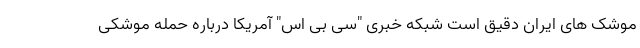
موشک های ایران دقیق است شبکه خبری "سی بی اس" آمریکا درباره حمله موشکی